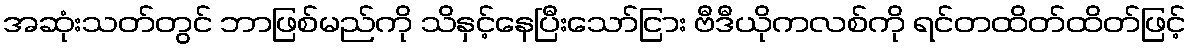
အဆုံးသတ်တွင် ဘာဖြစ်မည်ကို သိနှင့်နေပြီးသော်ငြား ဗီဒီယိုကလစ်ကို ရင်တထိတ်ထိတ်ဖြင့်